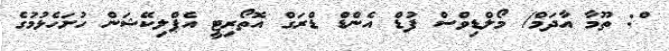
ް: ތޫމާ އާދަމް/ މޯލްޑިވްސް ފުޑް އެންޑް ޑްރަގް އޮތޯރިޓީ އެޕްލިކޭޝަން ހުށަހެޅުމުގެ